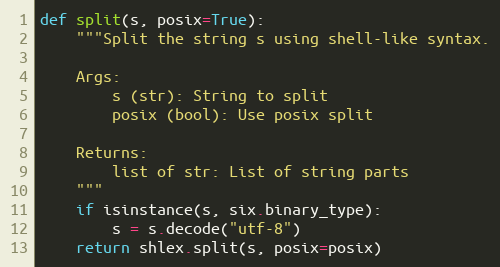
Language: Python
def split(s, posix=True):
    """Split the string s using shell-like syntax.

    Args:
        s (str): String to split
        posix (bool): Use posix split

    Returns:
        list of str: List of string parts
    """
    if isinstance(s, six.binary_type):
        s = s.decode("utf-8")
    return shlex.split(s, posix=posix)